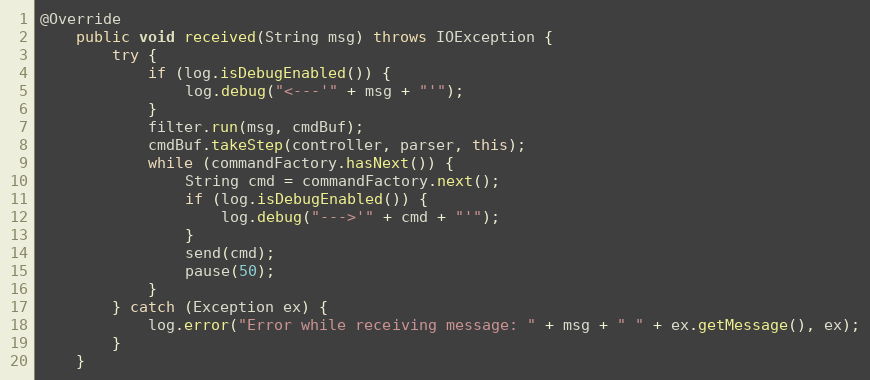
Language: Java
@Override
    public void received(String msg) throws IOException {
        try {
            if (log.isDebugEnabled()) {
                log.debug("<---'" + msg + "'");
            }
            filter.run(msg, cmdBuf);
            cmdBuf.takeStep(controller, parser, this);
            while (commandFactory.hasNext()) {
                String cmd = commandFactory.next();
                if (log.isDebugEnabled()) {
                    log.debug("--->'" + cmd + "'");
                }
                send(cmd);
                pause(50);
            }
        } catch (Exception ex) {
            log.error("Error while receiving message: " + msg + " " + ex.getMessage(), ex);
        }
    }